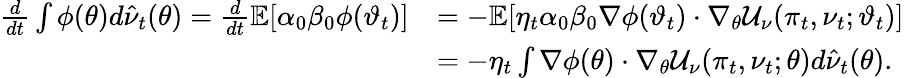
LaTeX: \begin{array}{rl}{\frac{d}{dt}\int\phi(\theta)d\hat{\nu}_{t}(\theta)=\frac{d}{dt}\mathbb{E}[\alpha_{0}\beta_{0}\phi(\vartheta_{t})]}&{=-\mathbb{E}[\eta_{t}\alpha_{0}\beta_{0}\nabla\phi(\vartheta_{t})\cdot\nabla_{\theta}\mathcal{U}_{\nu}(\pi_{t},\nu_{t};\vartheta_{t})]}\\ &{=-\eta_{t}\int\nabla\phi(\theta)\cdot\nabla_{\theta}\mathcal{U}_{\nu}(\pi_{t},\nu_{t};\theta)d\hat{\nu}_{t}(\theta).}\end{array}